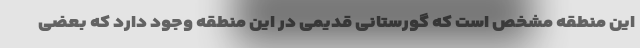
این منطقه مشخص است که گورستانی قدیمی در این منطقه وجود دارد که بعضی